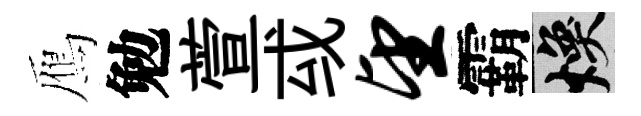
鴈勉萱㦯望霸焕